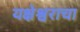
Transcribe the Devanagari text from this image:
यक्षेश्वराचा